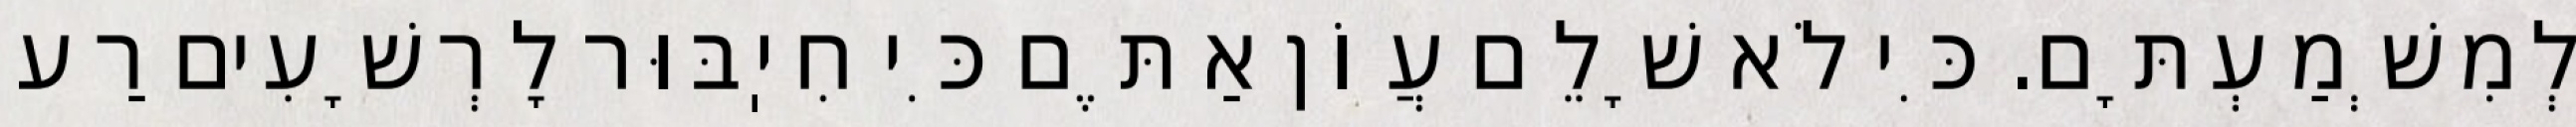
לְמִשְׁמַעְתָּם. כִּי לֹא שָׁלֵם עֲוֹן אַתֶּם כִּי חִיֽבּוּר לָרְשָׁעִים רַע